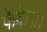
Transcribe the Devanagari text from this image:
फेंकेगा।